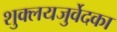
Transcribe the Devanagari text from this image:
शुक्लयजुर्वेदका